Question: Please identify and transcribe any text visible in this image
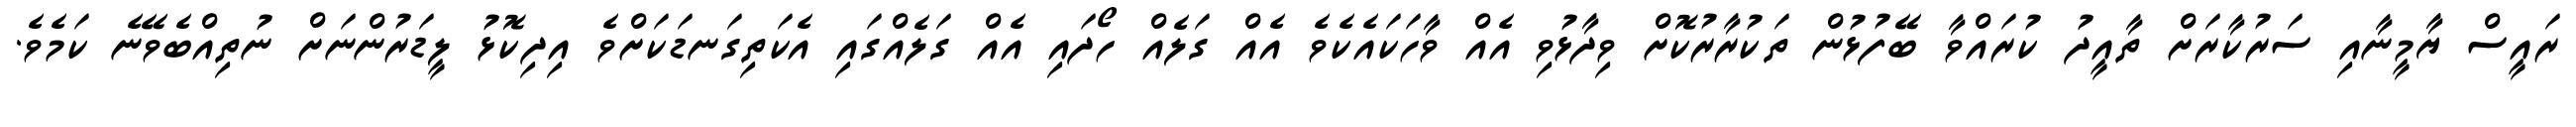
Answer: ރައީސް ޔާމީނާއި ސަރުކާރަށް ތާއީދު ކުރައްވާ ބޭފުޅުން ތަކުރާރުކޮށް ވިދާޅުވި އެއް ވާހަކައެކެވެ އެއް ގަލެއް ހޯދައި އެއް ގަލެއްގައި އެކަތިގަނޑަކަށްވެ އިދިކޮޅު ލީޑަރުންނަށް ނުތިއްބެވޭނެ ކަމެވެ.